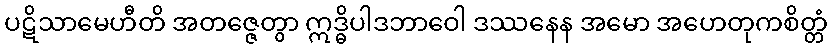
ပဋိသာမေဟီတိ အတဇ္ဇေတွာ ဣဒ္ဓိပါဒဘာဝေါ ဒဿနေန အမော အဟေတုကစိတ္တံ